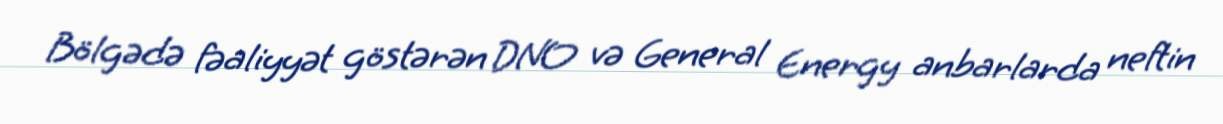
Bölgədə fəaliyyət göstərən DNO və General Energy anbarlarda neftin